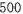
500